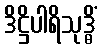
ဒိဋ္ဌိပါရိသုဒ္ဓိံ